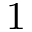
1